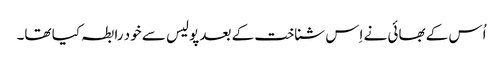
اُس کے بھائی نے اِس شناخت کے بعد پولیس سے خود رابطہ کیا تھا۔